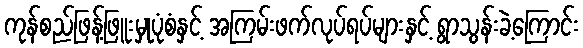
ကုန်စည်ဖြန့်ဖြူးမှုပုံစံနှင့် အကြမ်းဖက်လုပ်ရပ်များနှင့် ရွာသွန်းခဲ့ကြောင်း